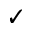
\checkmark